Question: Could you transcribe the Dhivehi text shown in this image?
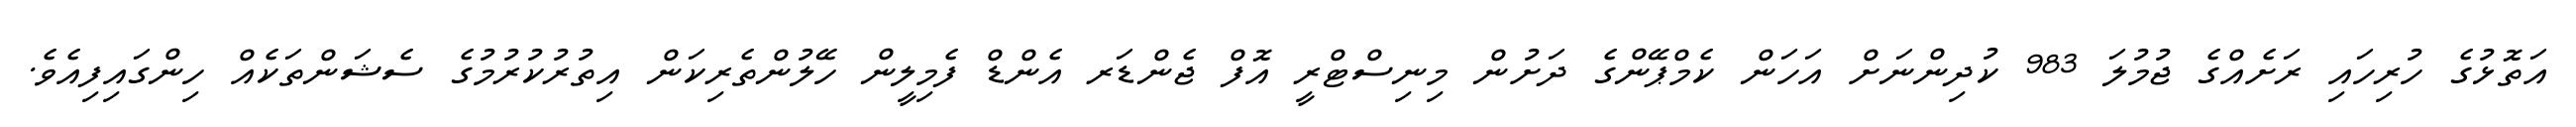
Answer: އަތޮޅުގެ ހުރިހައި ރަށެއްގެ ޖުމުލަ 983 ކުދިންނަށް އަހަން ކެމްޕޭންގެ ދަށުން މިނިސްޓްރީ އޮފް ޖެންޑަރ އެންޑް ފެމިލީން ހޭލުންތެރިކަން އިތުރުކުރުމުގެ ސެޝަންތަކެއް ހިންގައިފިއެވެ.